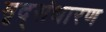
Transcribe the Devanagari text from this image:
मृद्‌संधारण